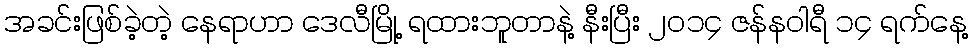
အခင်းဖြစ်ခဲ့တဲ့ နေရာဟာ ဒေလီမြို့ ရထားဘူတာနဲ့ နီးပြီး ၂၀၁၄ ဇန်နဝါရီ ၁၄ ရက်နေ့